General report no. 6 on the lunatic asylums, vaccination and dispensaries in the Bengal Presidency, 1873 -
Year: 1873
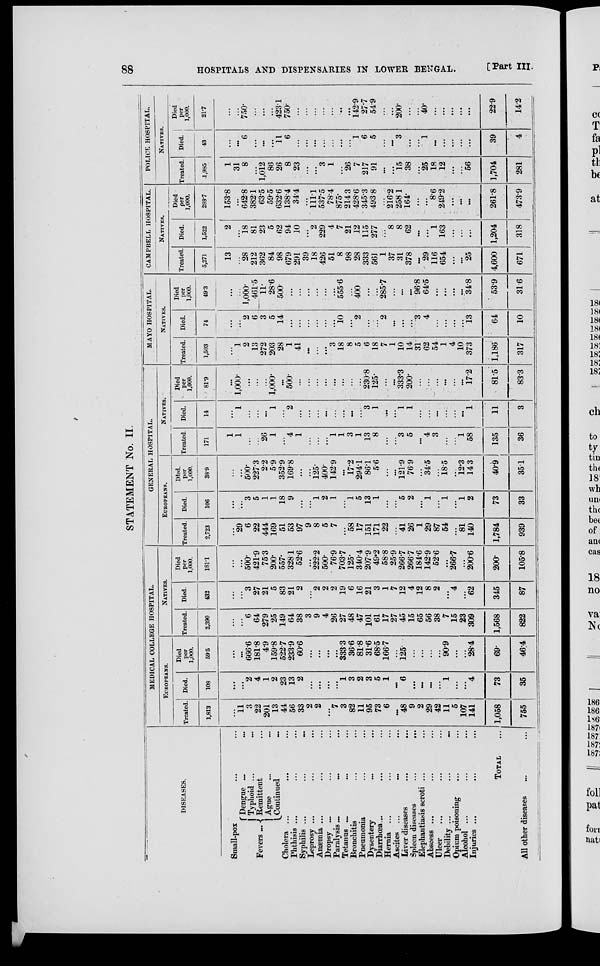
88
HOSPITALS AND DISPENSARIES IN LOWER BENGAL.
[Part II.
STATEMENT No. II.
DISEASES.
Small-pox ... ...
Fevers ...
Dengue ... ...
Typhoid ... ...
Remittent ...
Ague ... ...
Continued ...
Cholera ... ... ...
Phthisis ... ... ...
Syphilis ... ... ...
Leprosy ... ... ...
Anaemia ... ... ...
Dropsy ... ... ...
Paralysis...
...
...
Tetanus ... ... ...
Bronchitis ... ... ...
Pneumonia ... ...
Dysentery
... ...
Diarrhœa ... ...
Hernia ... ... ...
Ascites ...
...
...
Liver diseases
...
...
Spleen diseases
...
...
Elephantiasis scroti ... ...
Abscess ... ... ...
Ulcer ... ... ...
Debility ... ... ...
Opium poisoning ... ...
Alcohol ... ... ...
Injuries ... ... ...
TOTAL ...
All other diseases ... ...
MEDICAL COLLEGE HOSPITAL.
EUROPEANS.
Treated.
1,813
...
11
3
22
201
13
44
56
33
2
2
...
7
3
82
11
95
73
6
...
48
9
2
29
42
11
5
107
141
1,058
755
Died.
108
...
...
2
4
1
2
23
13
2
...
...
...
...
1
3
2
3
5
1
...
6
...
...
...
...
1
...
...
4
73
35
Died
per
1,000.
59.5
...
...
666.6
181.8
4.9
159.8
522.7
233.9
60.6
...
...
...
...
333.3
36.6
81.8
31.6
68.5
166.7
...
125
...
...
...
...
90.9
...
..,
28.4
69.
46.4
NATIVES.
Treated.
2,390
...
...
6
64
279
25
149
64
38
3
9
4
26
27
48
47
101
61
17
27
45
15
65
56
38
7
15
23
309
1,568
822
Died.
432
...
...
3
27
21
5
83
21
2
...
2
2
2
19
6
16
21
3
1
7
12
4
12
8
2
...
4
...
62
345
87
Died
per
1,000.
161.1
...
...
500.
421.9
75.3
200.
557.
328.1
52.6
...
222.2
500.
76.9
703.7
125.
340.4
207.9
49.2
58.8
25.9
266.7
266.7
184.6
142.9
52.6
...
266.7
...
200.6
200.
105.8
GENERAL HOSPITAL.
EUROPEANS.
Treated.
2,723
...
29
6
22
444
169
51
53
97
9
8
5
7
...
58
17
151
171
22
...
41
26
1
29
87
64
...
81
140
1,784
939
Died.
106
...
...
3
5
1
1
18
9
...
...
1
2
1
...
1
5
13
1
...
...
5
2
...
1
...
1
...
1
2
73
33
Died.
per
1,000.
38.9
...
...
500.
227.3
2.2
5.9
352.9
169.8
...
...
125.
400.
142.9
...
17.2
294.1
86.1
5.6
...
...
121.9
76.9
...
34.5
...
18.5
...
12.3
14.3
40.9
35.1
NATIVES.
Treated.
171
1
1
...
...
26
1
...
4
1
...
...
...
1
1
3
1
13
8
...
...
3
5
...
4
3
...
...
1
58
135
36
Died.
14
...
1
...
...
...
1
...
2
...
...
...
...
...
...
...
...
3
1
...
...
1
1
...
...
...
...
...
...
1
11
3
Died
per
1,000.
81.9
...
1,000.
...
...
...
1,000
...
500.
...
...
...
...
...
...
...
...
230.8
125.
...
...
333.3
200.
...
...
...
...
...
...
17.2
81.5
83.3
MAYO HOSPITAL.
NATIVES.
Treated.
1,503
...
1
2
13
272
203
28
1
41
...
...
...
3
18
8
5
6
18
7
1
10
14
31
62
54
1
4
10
373
1,186
317
Died.
74
...
...
2
6
3
5
14
...
...
...
...
...
...
10
...
2
...
...
2
...
...
...
3
4
...
...
...
...
13
64
10
Died
per
1,000.
49.3
...
...
1,000.
461.5
11.
28.6
500.
...
...
...
...
...
...
555.6
...
400
...
...
285.7
316
...
...
96.8
64.5
...
316
...
...
34.8
53.9
3.16
CAMPBELL HOSPITAL.
NATIVES.
Treated
5,271
13
...
28
212
362
84
98
679
291
39
18
426
51
8
98
28
333
561
1
37
31
378
...
29
116
654
...
...
25
4,600
671
Died.
1,522
1522
2
...
18
81
23
5
62
94
10
...
2
229
4
7
21
12
115
277
...
8
8
62
...
...
1
163
...
...
...
1,204
318
Died
per
1,000.
288.7
153.8
...
642.8
382.1
63.5
59.5
632.6
138.4
34.4
...
111.1
537.5
78.4
875.
214.3
428.6
345.3
493.8
...
216.2
258.1
164.
...
...
8.6
249.2
...
...
...
261.8
4739
POLICE HOSPITAL.
NATIVES.
Treated.
1,985
1
31
8
...
1,012
86
26
8
23
...
...
3
1
...
26
7
217
91
...
...
15
38
...
25
18
12
...
...
56
1,704
281
Died.
43
43
...
...
6
...
...
...
11
6
...
...
...
...
...
...
...
1
6
5
...
...
3
...
...
1
...
...
...
...
...
39
4
Died
per
1,000.
21.7
...
...
750.
...
...
...
423.1
750.
...
...
...
...
...
...
...
142.9
27.7
54.9
...
...
200.
...
...
40.
...
...
...
...
...
22.9
14.2